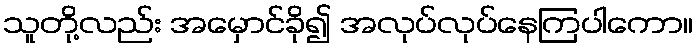
သူတို့လည်း အမှောင်ခို၍ အလုပ်လုပ်နေကြပါကော။